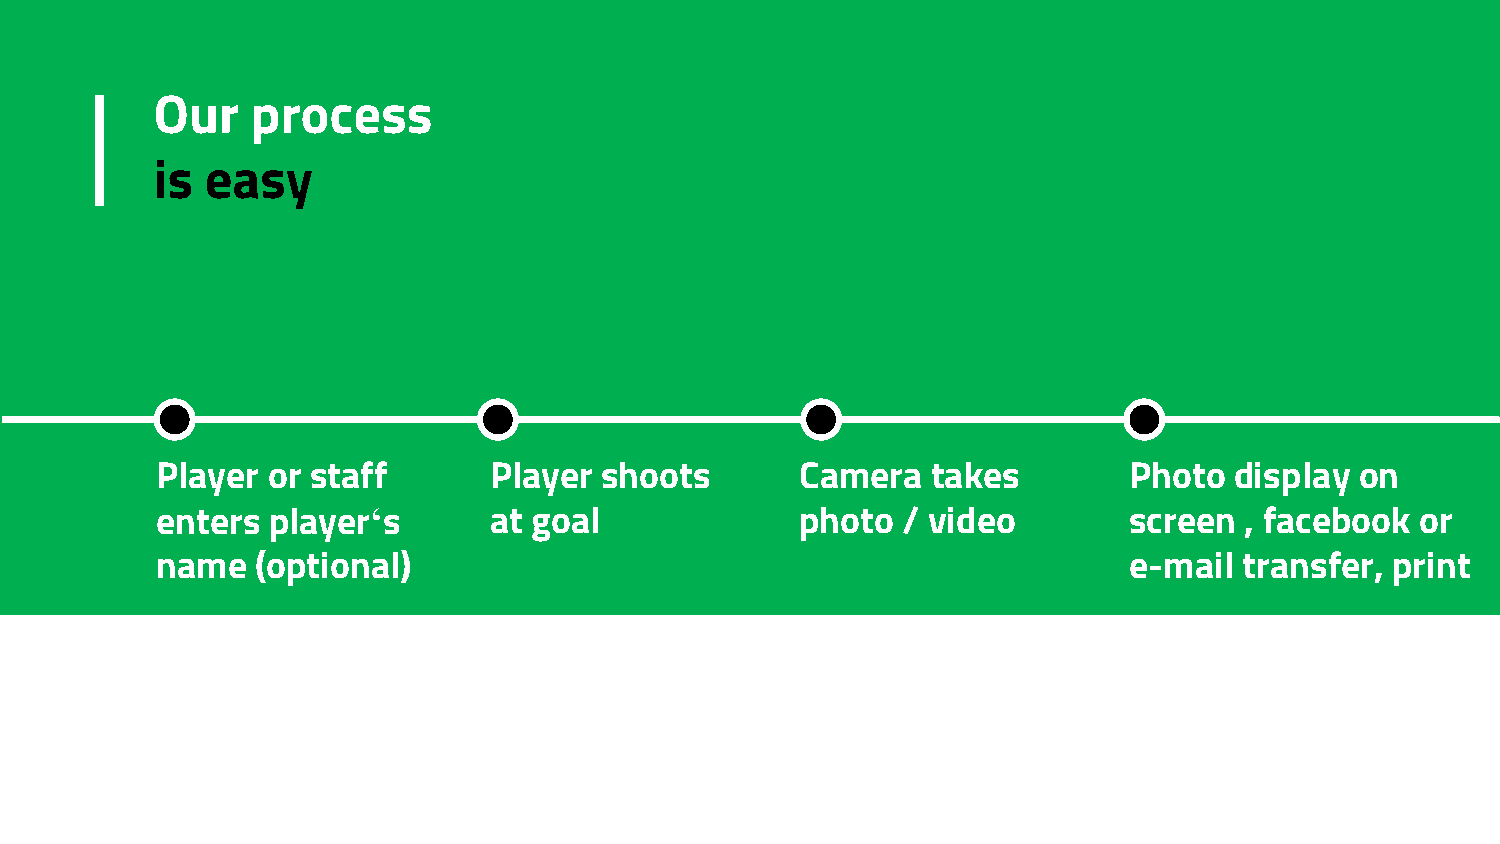
Our    process
 is  easy
 Player  or staff      Player  shoots       Camera   takes        Photo  display on
 enters  player‘ s     at goal              photo  / video        screen , facebook  or
 name   (optional)                                                e-mail transfer, print